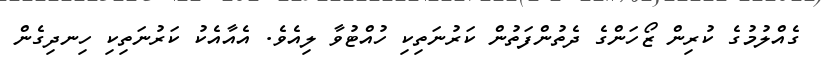
ގެއްލުމުގެ ކުރިން ޒޯހަންގެ ދެތުންފަތުން ކަރުނަތިކި ހުއްޓުވާ ލިއެވެ. އެއާއެކު ކަރުނަތިކި ހިނދިގެން